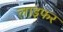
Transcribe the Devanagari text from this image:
लाइफर